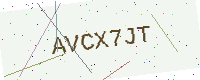
Text: AVCX7JT